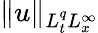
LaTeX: \| u\| _{L_{t}^{q}L_{x}^{\infty}}